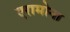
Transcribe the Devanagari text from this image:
एरामोना